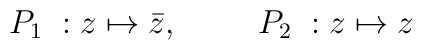
P_1\;:z\mapsto \bar z,\hspace{1cm}P_2\;:z\mapsto z